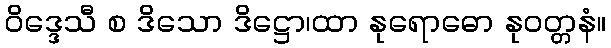
ဝိဒ္ဒေသီ စ ဒိသော ဒိဋ္ဌော၊ထာ နုရောဓော နုဝတ္တနံ။